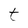
Character: t